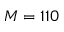
M = 1 1 0